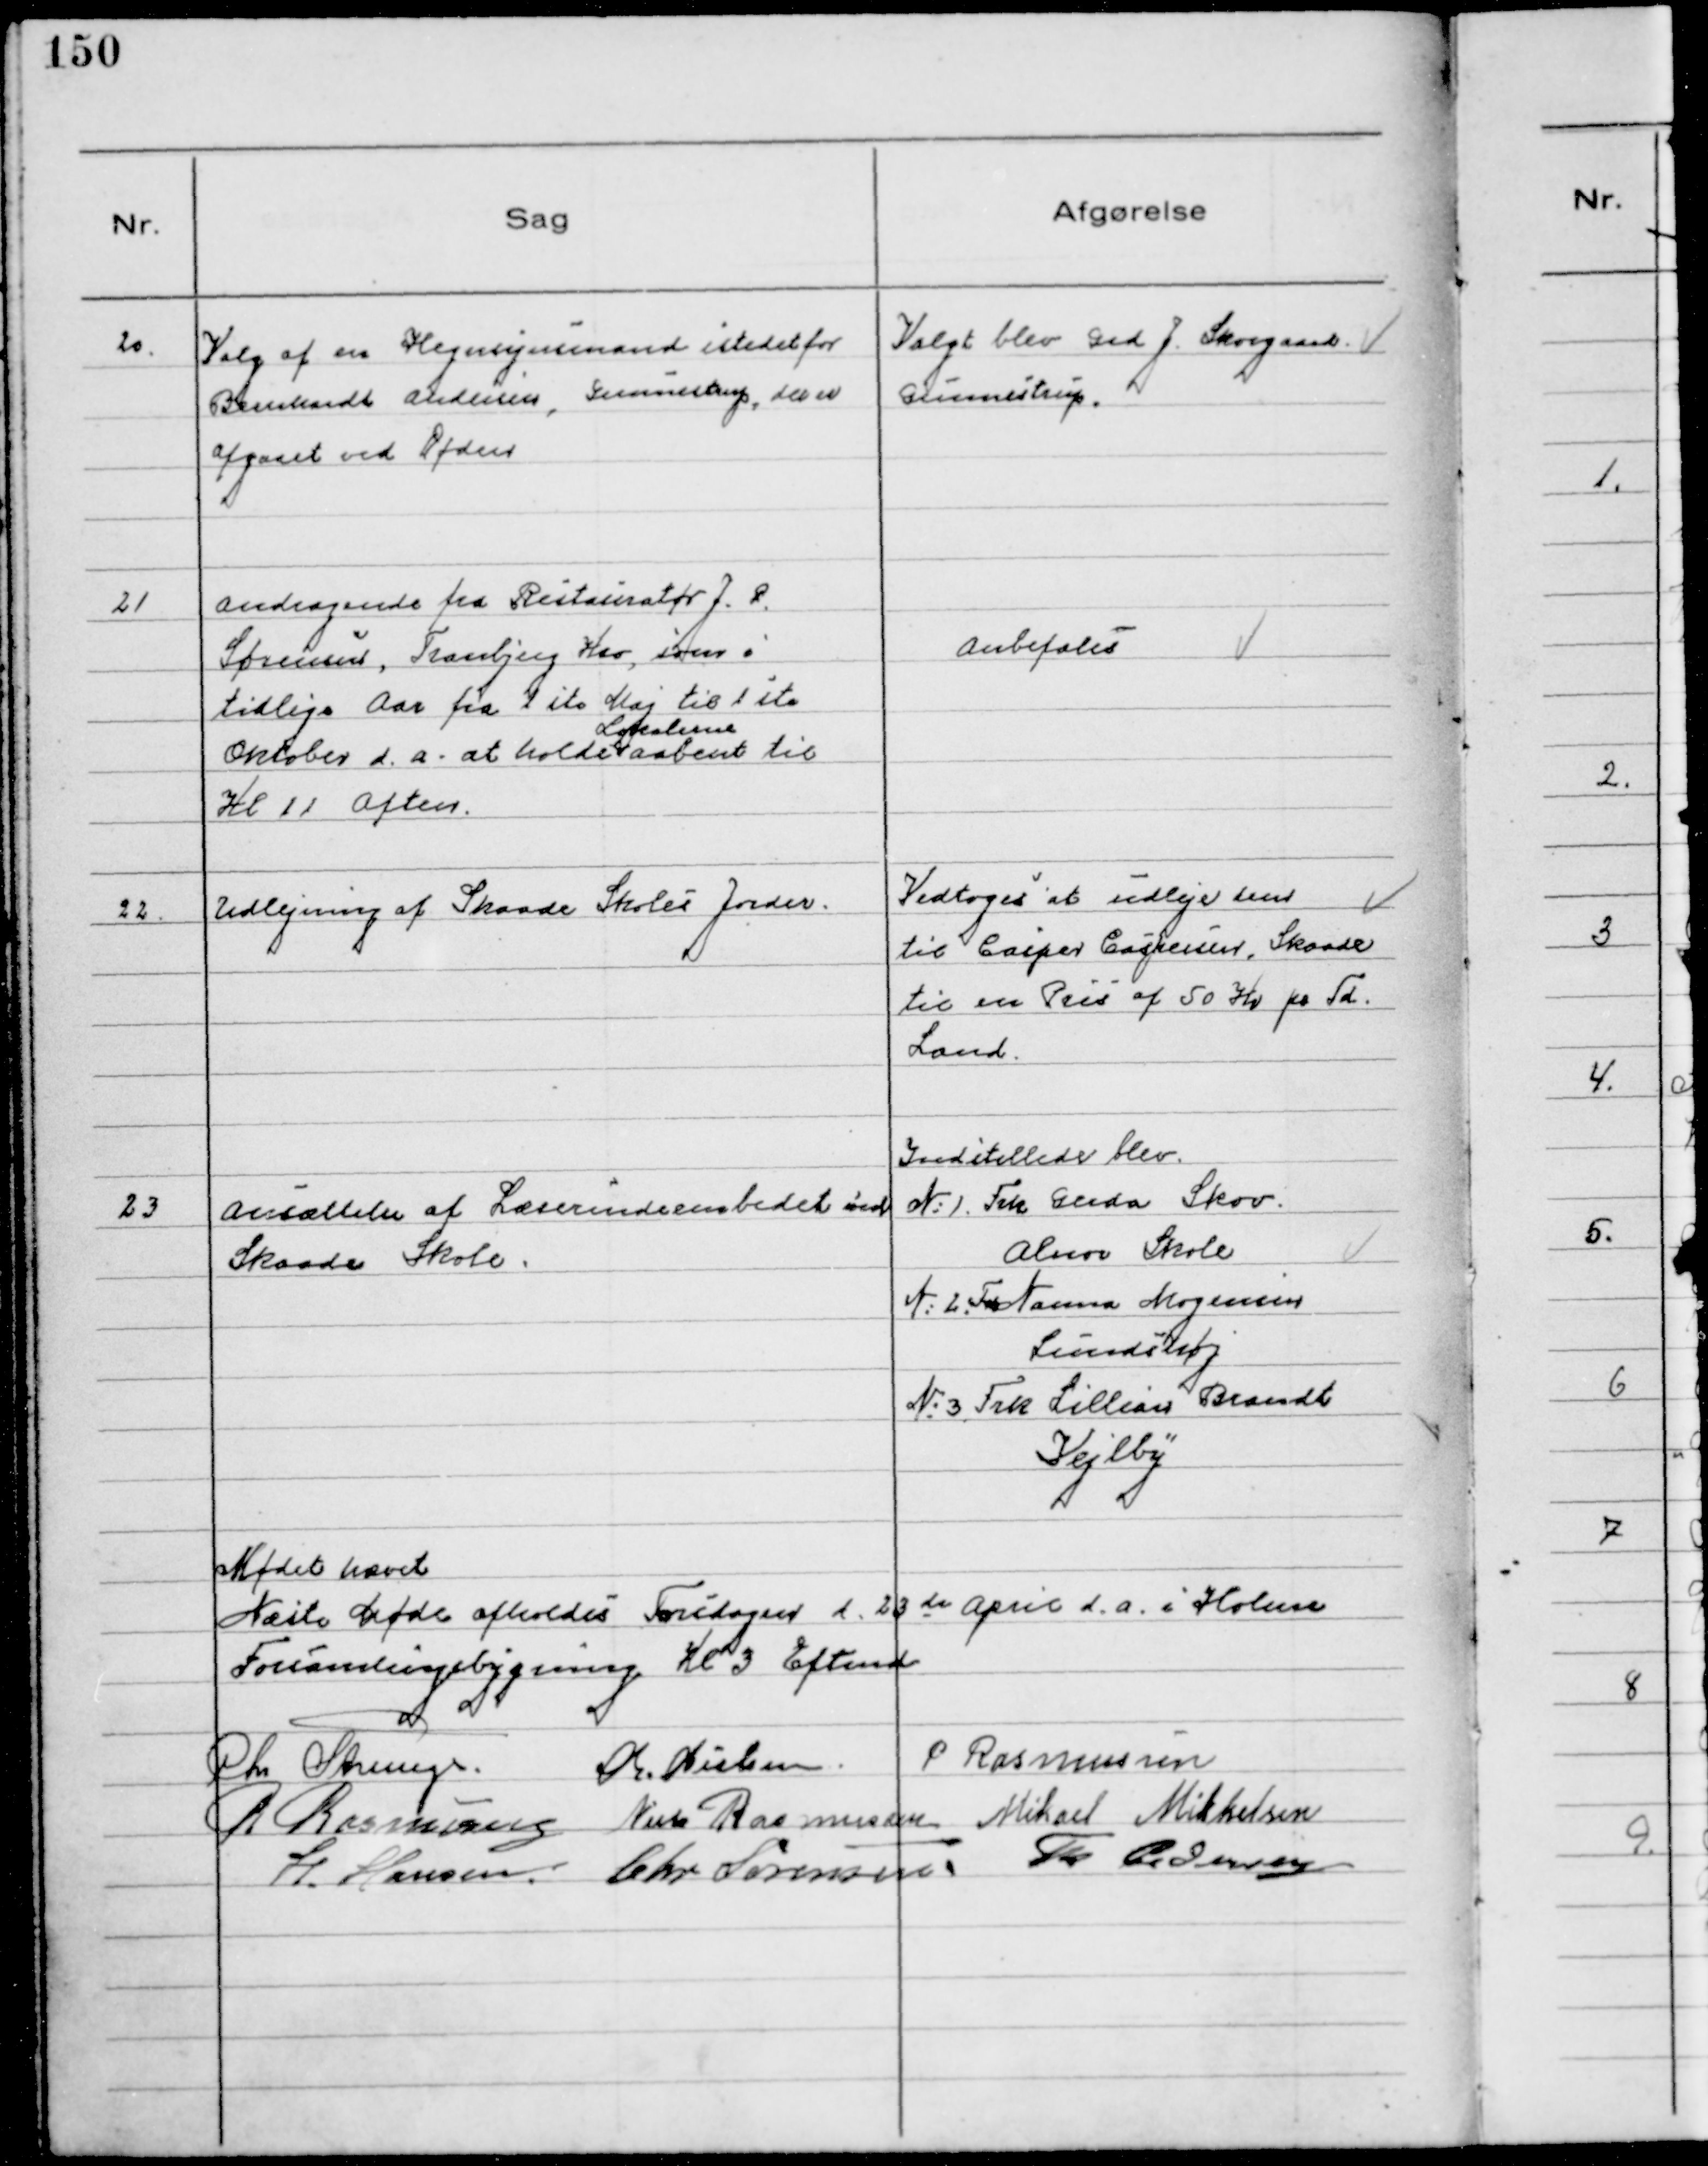
Transskription:
20.
Valg af en Hegnsynsmand istedetfor
Bernhardt Andersen, Gunnestrup, der er
 afgaaet ved Døden

Valgt blev Grd J. Skovgaard
Gunnestrup.

21
Andragende fra Restauratør J. P.
Sørensen, Tranbjerg Kro, som i
tidlige Aar fra 1 ste Maj til 1 ste
Oktober d.a. - at holde
Lokalerne
aabent til
Kl 11 Aften

Anbefales

22.
Udlejning af Skaade Skoles Jorder.

Vedtoges at udleje dem
til Casper Caspersen, Skaade
til en Pris af 50 Kr pr Td.
Land.

23
Ansættelse af Lærerindeembedet ved
Skaade Skole.

Indstillede blev.
№ 1. Frk Gerda Skov.
Alnor Skole
№2. Frk Nanna Mogensen
Lundshøj
№ 3. Frk Lillian Brandt
Vejlby

Mødet hævet
Næste Møde afholdes Torsdagen d. 23 de April d.a. i Holme
Forsamlingsbygning Kl 3 Eftmd
Chr Strunge.
Chr. Nielsen. P Rasmussen
R Rasmussen Niels Rasmussen Mikael Mikkelsen
H. Hansen. Chr Sørensen. Th Pedersen